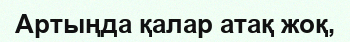
Артыңда қалар атақ жоқ,